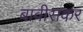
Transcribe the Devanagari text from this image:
बावीसकर